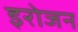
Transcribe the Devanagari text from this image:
इरोजन